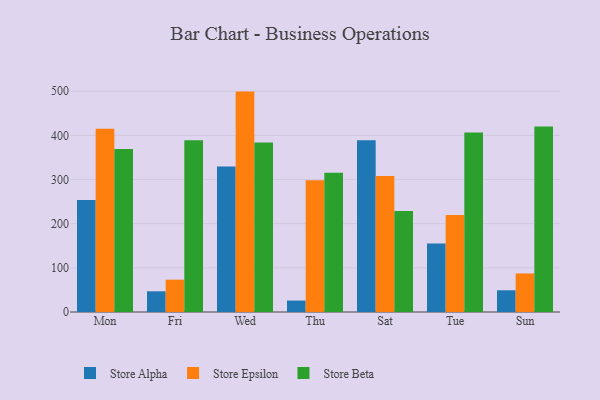
{"axis": {"x": "Day", "y": "LTV (USD)"}, "legend": ["Store Alpha", "Store Beta", "Store Epsilon"], "data": [{"x": "Mon", "y": 253.6, "type": "Store Alpha"}, {"x": "Mon", "y": 414.9, "type": "Store Epsilon"}, {"x": "Mon", "y": 369.1, "type": "Store Beta"}, {"x": "Fri", "y": 46.9, "type": "Store Alpha"}, {"x": "Fri", "y": 73.2, "type": "Store Epsilon"}, {"x": "Fri", "y": 389.0, "type": "Store Beta"}, {"x": "Wed", "y": 329.7, "type": "Store Alpha"}, {"x": "Wed", "y": 499.2, "type": "Store Epsilon"}, {"x": "Wed", "y": 384.1, "type": "Store Beta"}, {"x": "Thu", "y": 25.9, "type": "Store Alpha"}, {"x": "Thu", "y": 298.2, "type": "Store Epsilon"}, {"x": "Thu", "y": 315.2, "type": "Store Beta"}, {"x": "Sat", "y": 389.2, "type": "Store Alpha"}, {"x": "Sat", "y": 308.1, "type": "Store Epsilon"}, {"x": "Sat", "y": 228.8, "type": "Store Beta"}, {"x": "Tue", "y": 155.0, "type": "Store Alpha"}, {"x": "Tue", "y": 219.6, "type": "Store Epsilon"}, {"x": "Tue", "y": 406.3, "type": "Store Beta"}, {"x": "Sun", "y": 49.2, "type": "Store Alpha"}, {"x": "Sun", "y": 87.3, "type": "Store Epsilon"}, {"x": "Sun", "y": 420.3, "type": "Store Beta"}]}